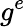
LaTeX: g^{e}